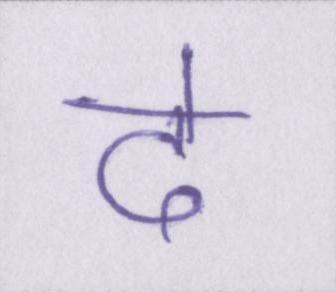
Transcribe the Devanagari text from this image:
दे